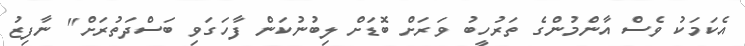
އެކަމަކު ވެސް އާންމުންގެ ތަރުހީބު ވަރަށް ބޮޑަށް ލިބުނުކަން ފާހަގަވި ބަސްދަތުރަށް" ނާފިޒު